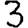
Digit: 3